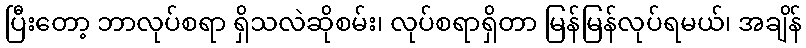
ပြီးတော့ ဘာလုပ်စရာ ရှိသလဲဆိုစမ်း၊ လုပ်စရာရှိတာ မြန်မြန်လုပ်ရမယ်၊ အချိန်